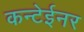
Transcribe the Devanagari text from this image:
कन्टेईनर